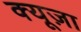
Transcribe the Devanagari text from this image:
क्यूज़ा